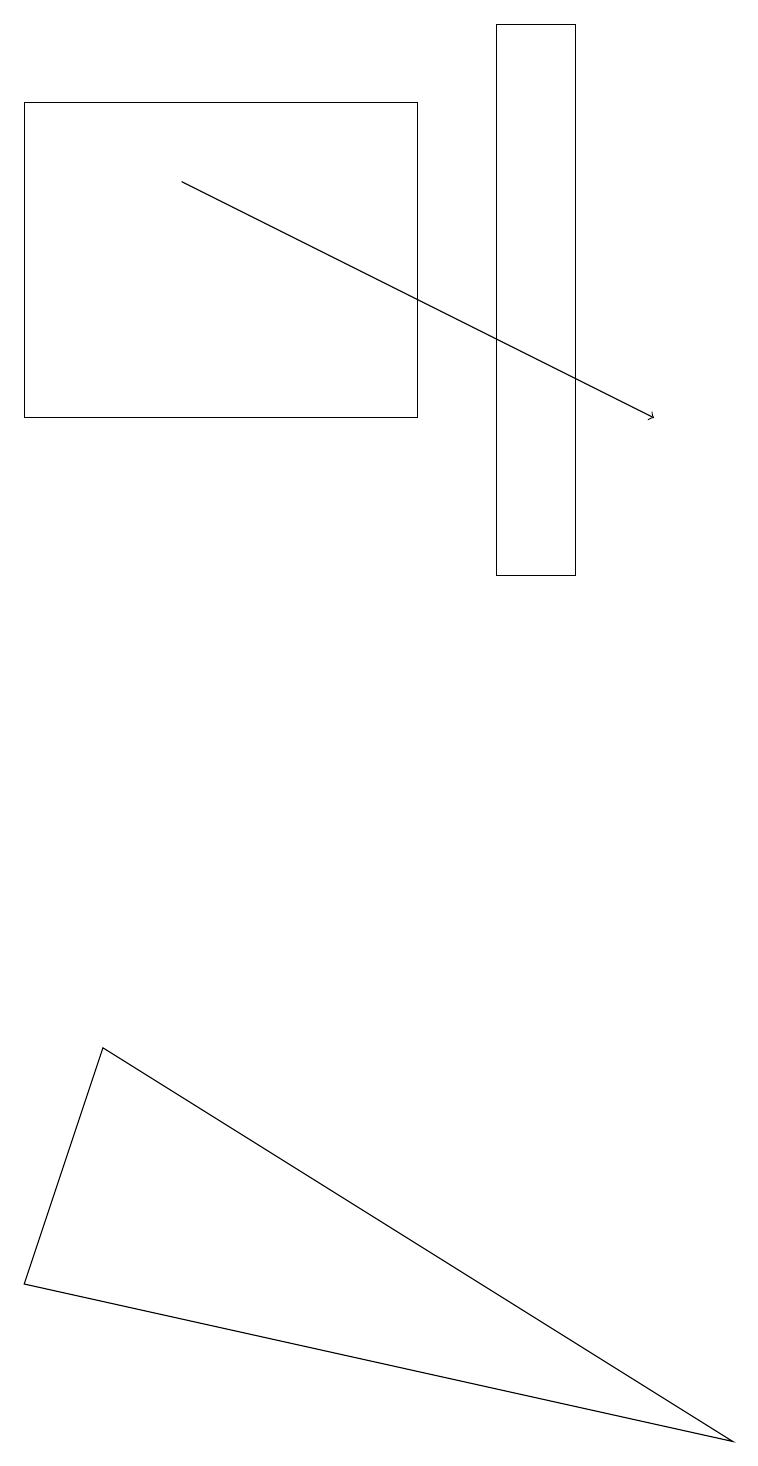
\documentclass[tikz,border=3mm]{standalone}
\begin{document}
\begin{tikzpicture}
\draw (7,11) rectangle (6,18);
\draw[->] (2,16) -- (8,13);
\draw (0,2) -- (1,5) -- (9,0) -- cycle;
\draw (0,13) rectangle (5,17);
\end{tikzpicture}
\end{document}